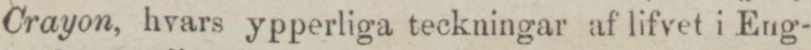
Crayon, hvars ypperliga teckningar af lifvet i Eng-